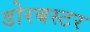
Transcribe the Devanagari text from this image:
डोरबस्टर